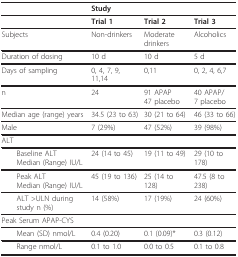
|  | <COLSPAN=3> Study |
 | --- | --- | --- | --- |
 |  | Trial 1 | Trial 2 | Trial 3 |
 | Subjects | Non-drinkers | Moderate drinkers | Alcoholics |
 | Duration of dosing | 10 d | 10 d | 5 d |
 | Days of sampling | 0, 4, 7, 9, 11,14 | 0,11 | 0, 2, 4, 6,7 |
 | n | 24 | 91 APAP47 placebo | 40 APAP/7 placebo |
 | Median age (range) years | 34.5 (23 to 63) | 30 (21 to 64) | 46 (33 to 66) |
 | Male | 7 (29%) | 47 (52%) | 39 (98%) |
 | ALT |  |  |  |
 | Baseline ALTMedian (Range) IU/L | 24 (14 to 45) | 19 (11 to 49) | 29 (10 to 178) |
 | Peak ALTMedian (Range) IU/L | 45 (19 to 136) | 25 (14 to 128) | 47.5 (8 to 238) |
 | ALT >ULN during studyn (%) | 14 (58%) | 17 (19%) | 24 (60%) |
 | Peak Serum APAP-CYS |  |  |  |
 | Mean (SD) nmol/L | 0.4 (0.20) | 0.1 (0.09)* | 0.3 (0.12) |
 | Range nmol/L | 0.1 to 1.0 | 0.0 to 0.5 | 0.1 to 0.8 |